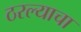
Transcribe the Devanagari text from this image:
ठरल्याचा